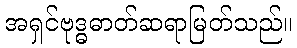
အရှင်ဗုဒ္ဓဓာတ်ဆရာမြတ်သည်။